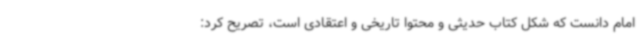
امام دانست که شکل کتاب حدیثی و محتوا تاریخی و اعتقادی است، تصریح کرد: